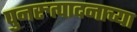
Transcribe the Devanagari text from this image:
पुनरुत्पादनाच्या